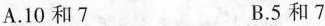
A.10和7 B.5和7